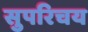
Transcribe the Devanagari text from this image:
सुपरिचय